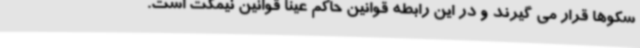
سکوها قرار می گیرند و در این رابطه قوانین حاکم عینا قوانین نیمکت است.